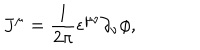
J ^ { \mu } = \frac { 1 } { 2 \pi } \epsilon ^ { \mu \nu } \partial _ { \nu } \phi ,